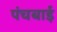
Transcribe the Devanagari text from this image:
पंचबाई